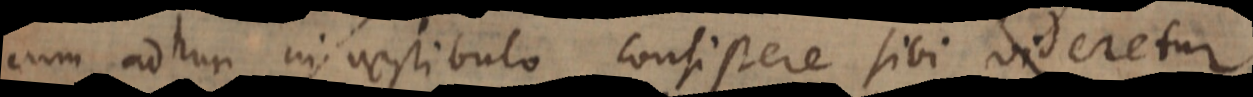
cum adhuc in vestibulo consistere sibi videretur.